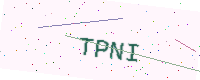
Text: TPNI